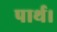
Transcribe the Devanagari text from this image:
पार्थ।